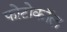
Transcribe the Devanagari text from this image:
फोटोकॉल